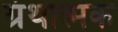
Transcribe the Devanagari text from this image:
ग्रंथात्मक